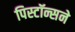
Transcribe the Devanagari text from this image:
पिस्टॉन्सने